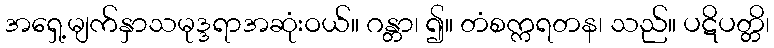
အရှေ့မျက်နှာသမုဒ္ဒရာအဆုံးဝယ်။ ဂန္တာ၊ ၍။ တံစက္ကရတန၊ သည်။ ပဋိပတ္တိ၊